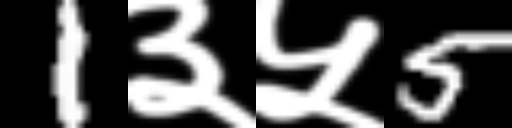
Text: 1३५5